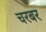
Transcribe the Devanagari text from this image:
चरबर